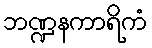
ဘဏ္ဍနကာရိကံ